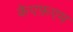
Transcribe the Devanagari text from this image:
केएफ़एम